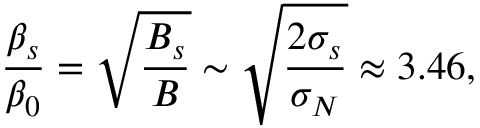
\frac { \beta _ { s } } { \beta _ { 0 } } = \sqrt { \frac { B _ { s } } { B } } \sim \sqrt { \frac { 2 \sigma _ { s } } { \sigma _ { N } } } \approx 3 . 4 6 ,